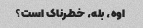
اوه، بله، خطرناک است؟